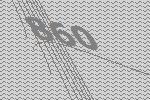
860